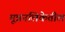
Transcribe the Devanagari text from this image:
मूत्रनलिकेतील